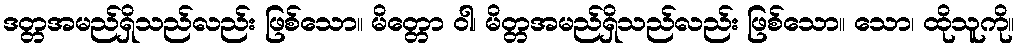
ဒတ္တအမည်ရှိသည်လည်း ဖြစ်သော။ မိတ္တော ဝါ၊ မိတ္တအမည်ရှိသည်လည်း ဖြစ်သော။ သော၊ ထိုသူကို။